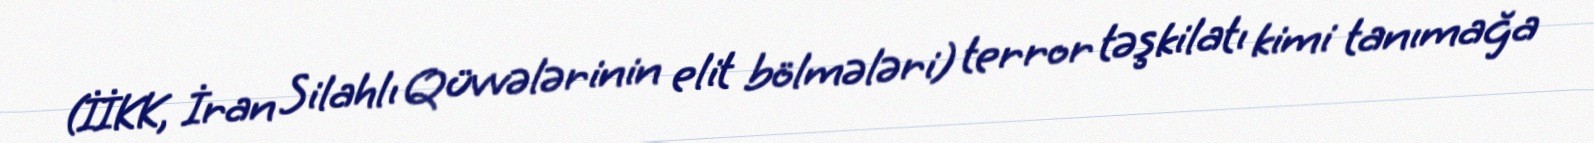
(İİKK, İran Silahlı Qüvvələrinin elit bölmələri) terror təşkilatı kimi tanımağa